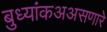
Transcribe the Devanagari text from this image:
बुध्यांकअअसणारे